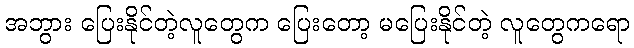
အဘွား ပြေးနိုင်တဲ့လူတွေက ပြေးတော့ မပြေးနိုင်တဲ့ လူတွေကရော